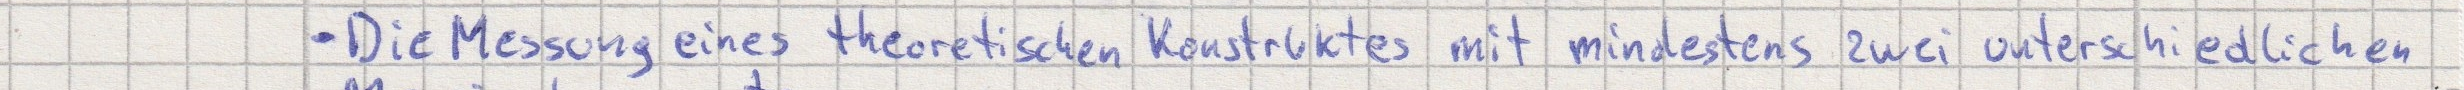
- Die Messung eines theoretischen Konstruktes mit mindestens zwei unterschiedlichen